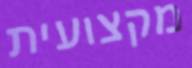
מקצועית